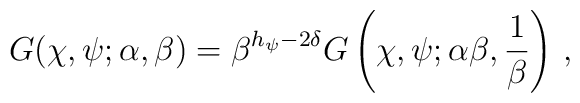
G(\chi,\psi;\alpha,\beta)=\beta^{h_\psi-2\delta}G\left(\chi,\psi;\alpha\beta,{1\over\beta}\right)\,,